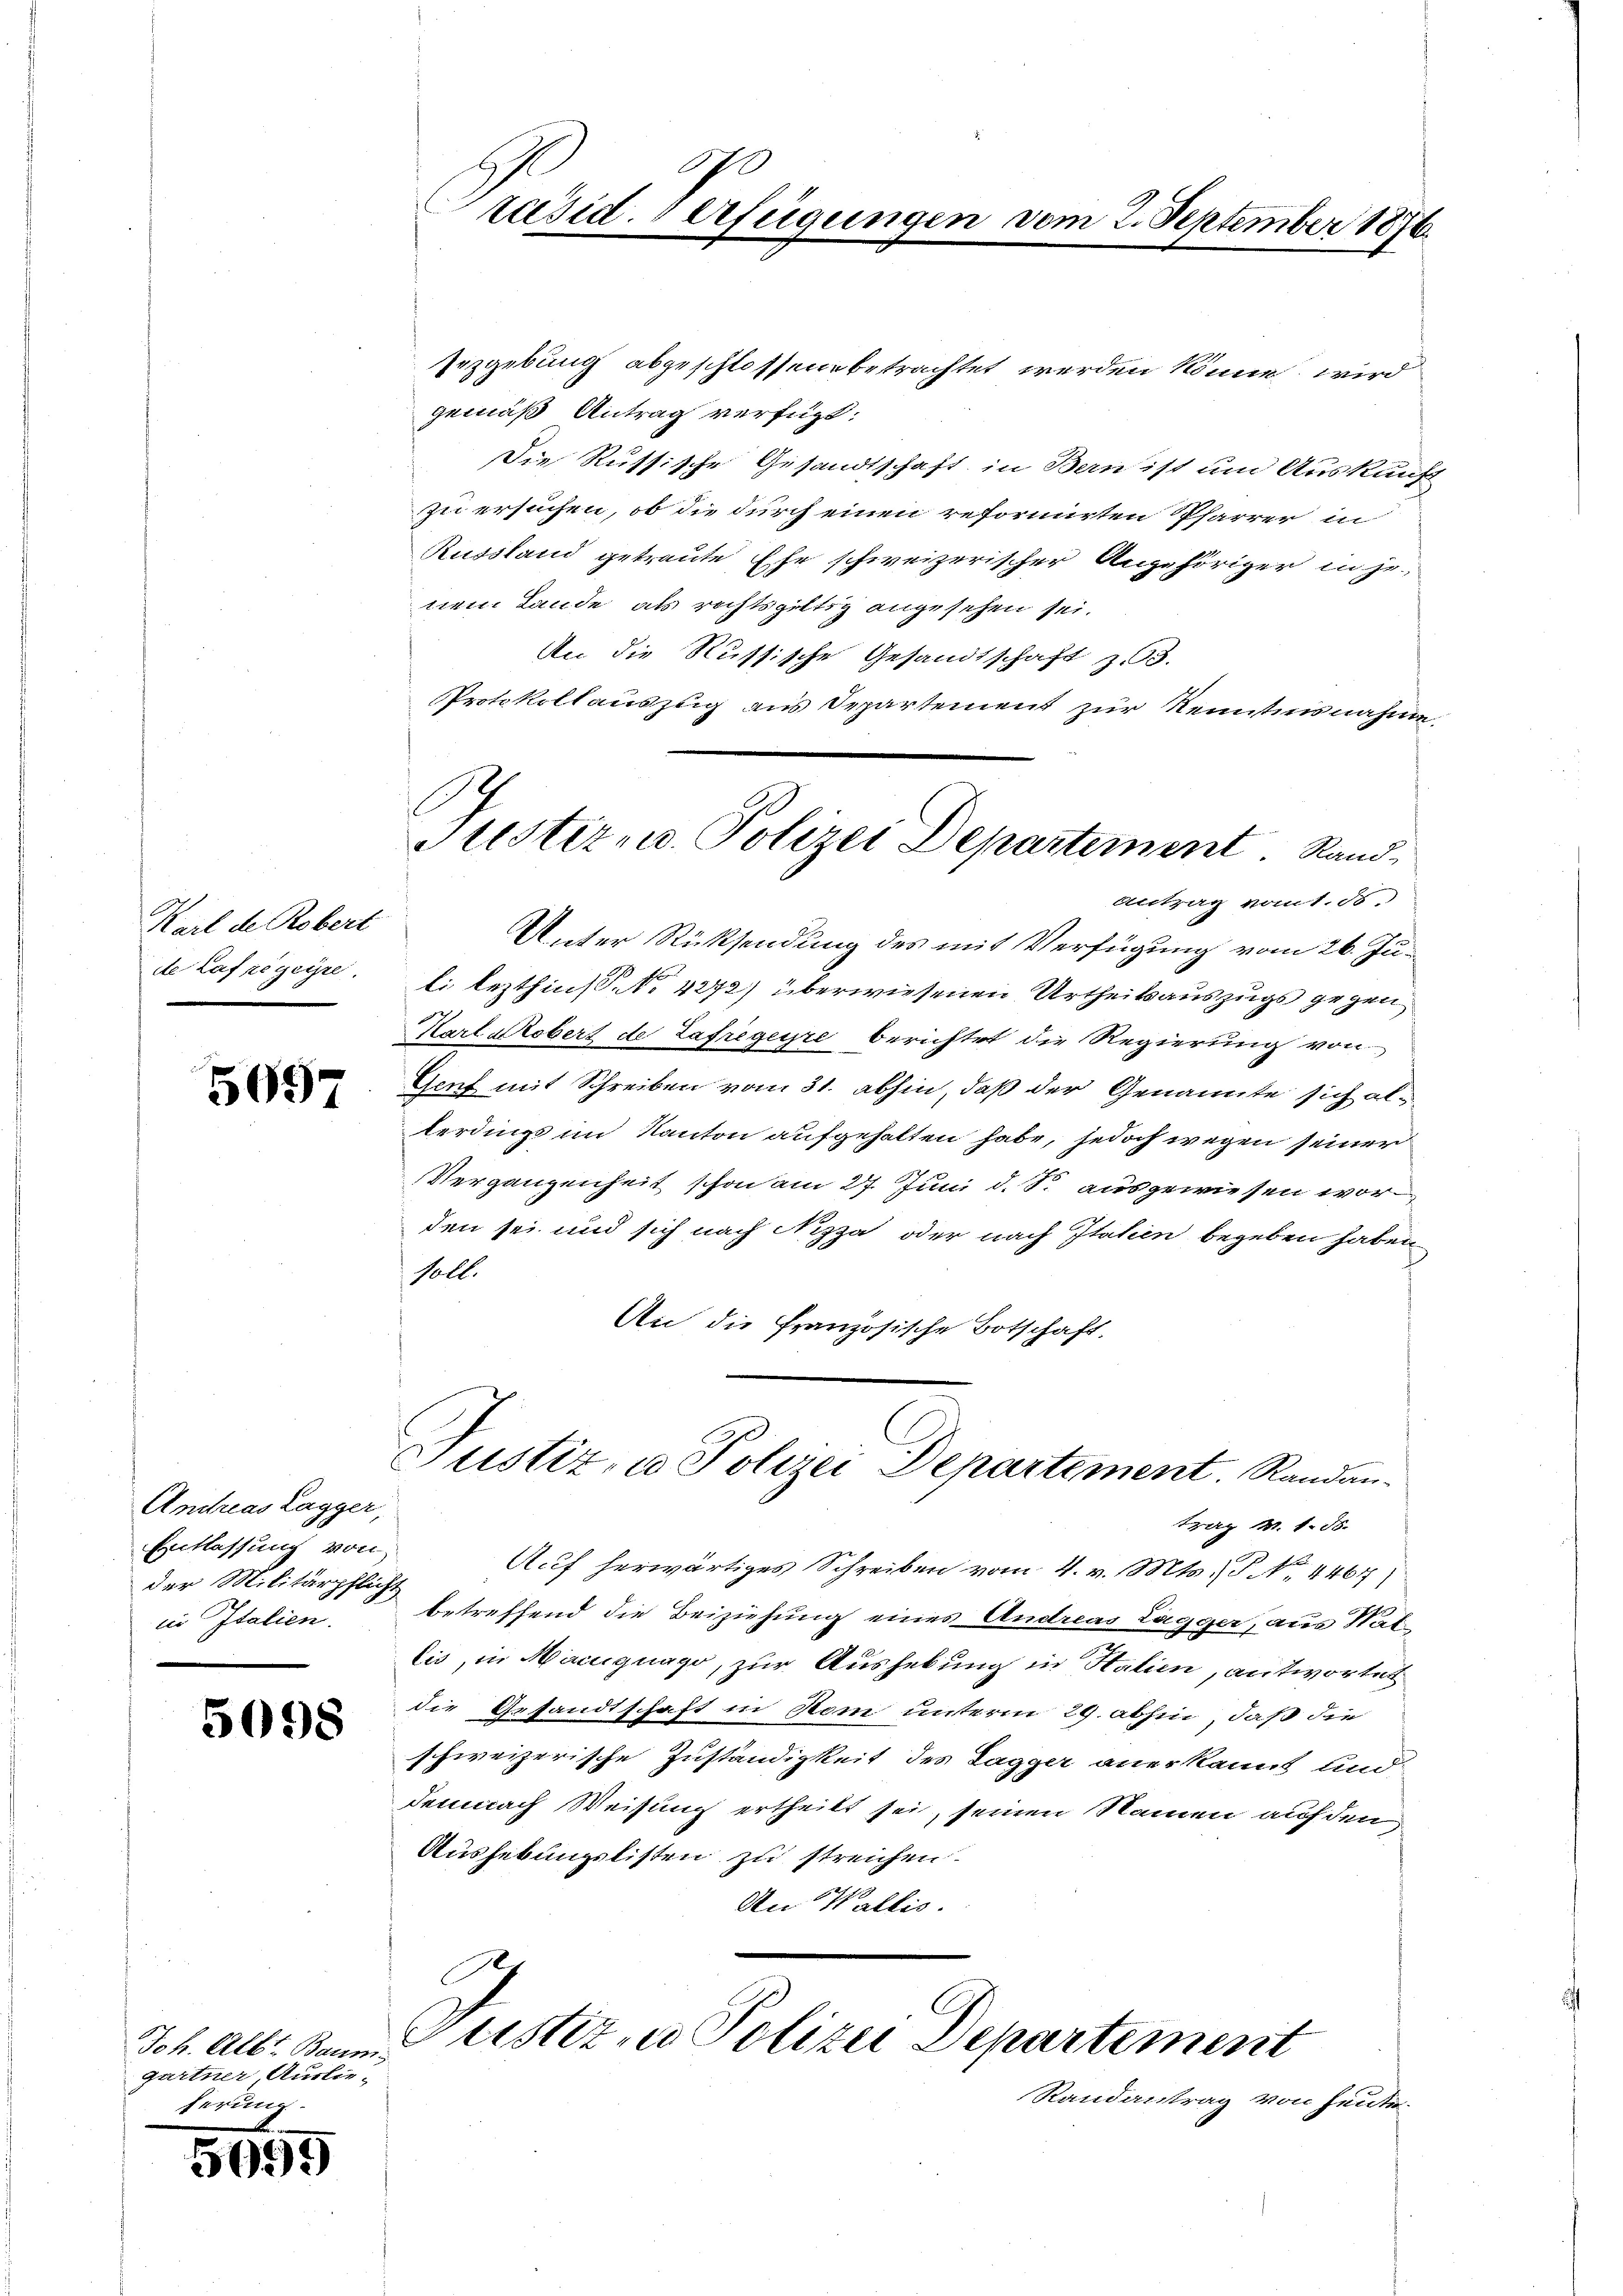
Karl de Robert
de Laf ze geire

5097

Andreas Lagger,
Entlassung von
der Militärpflicht
in Italien.

5098

Joh. Alb. Baum
gartner, Auslieferung
7

5099

Erzgebung abgeschlossen betrachtet werden könne, wird
gemäß Antrag verfügt:
Die Russische Gesandtschaft in Bern ist um Auskunft-
zu ersuchen, ob die durch einen reformirten Pfarrer in
Russland getraute Ehe schweizerischer Angehöriger inse
nem Lande, als rechtsgültig angesehen sei.
An die Russische Gesandtschaft z. 3.
Protokollauszug aus Departement zur Kenntnisnahme,
Unter Rücksendung des mit Verfügung vom 26. Juli lezthin S. No 4272) überwiesenen Urtheilsauszugs gegen
Karl Robert de Lafregere berichtet die Regierung von
Genf mit Schreiben vom 31. abhin, daß der Genannte sich alterdings im Kanton aufgehalten habe, jedoch wegen seiner
VVergangenheit schon am 27. Juni d. S. ausgewiesen worden sei und sich nach Nizza oder nach Italien begeben haben,
soll.
An die französische Botschaft.

20
räsid. Verfügungen vom 2. September 1876.

Justiz u. Polizei Departement. Rand-
Antrag vom 1. 55.

Justiz, u. Polizei Departement. Randan¬

Gustiz in Polizei Departement
Randantrag von heute.

trag M. 1. ds.

Auf herwärtiges Schreiben vom 4. v. Mts. S. No. 4467)
betreffend die Beiziehung eines Andreas Lagger, aus Natlis, in Marignago, zur Aushebung in Halien, antwortet
die Gesandtschaft in Rom unterm 29. abhin, daß die
schweizerische Zuständigkeit des Tagger anerkannt und
demnach Weisung ertheilt sei, seinen Namen auf den
Aushebungslisten zu streichen.
An Wallis.
Sch